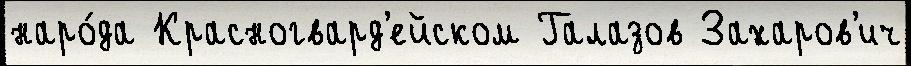
наро́да Красногвард'ейском Галазов Захаров'ич